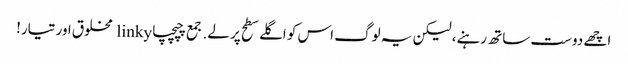
اچھے دوست ساتھ رہنے، لیکن یہ لوگ اس کو اگلے سطح پر لے. جمع چپچپا linky مخلوق اور تیار!